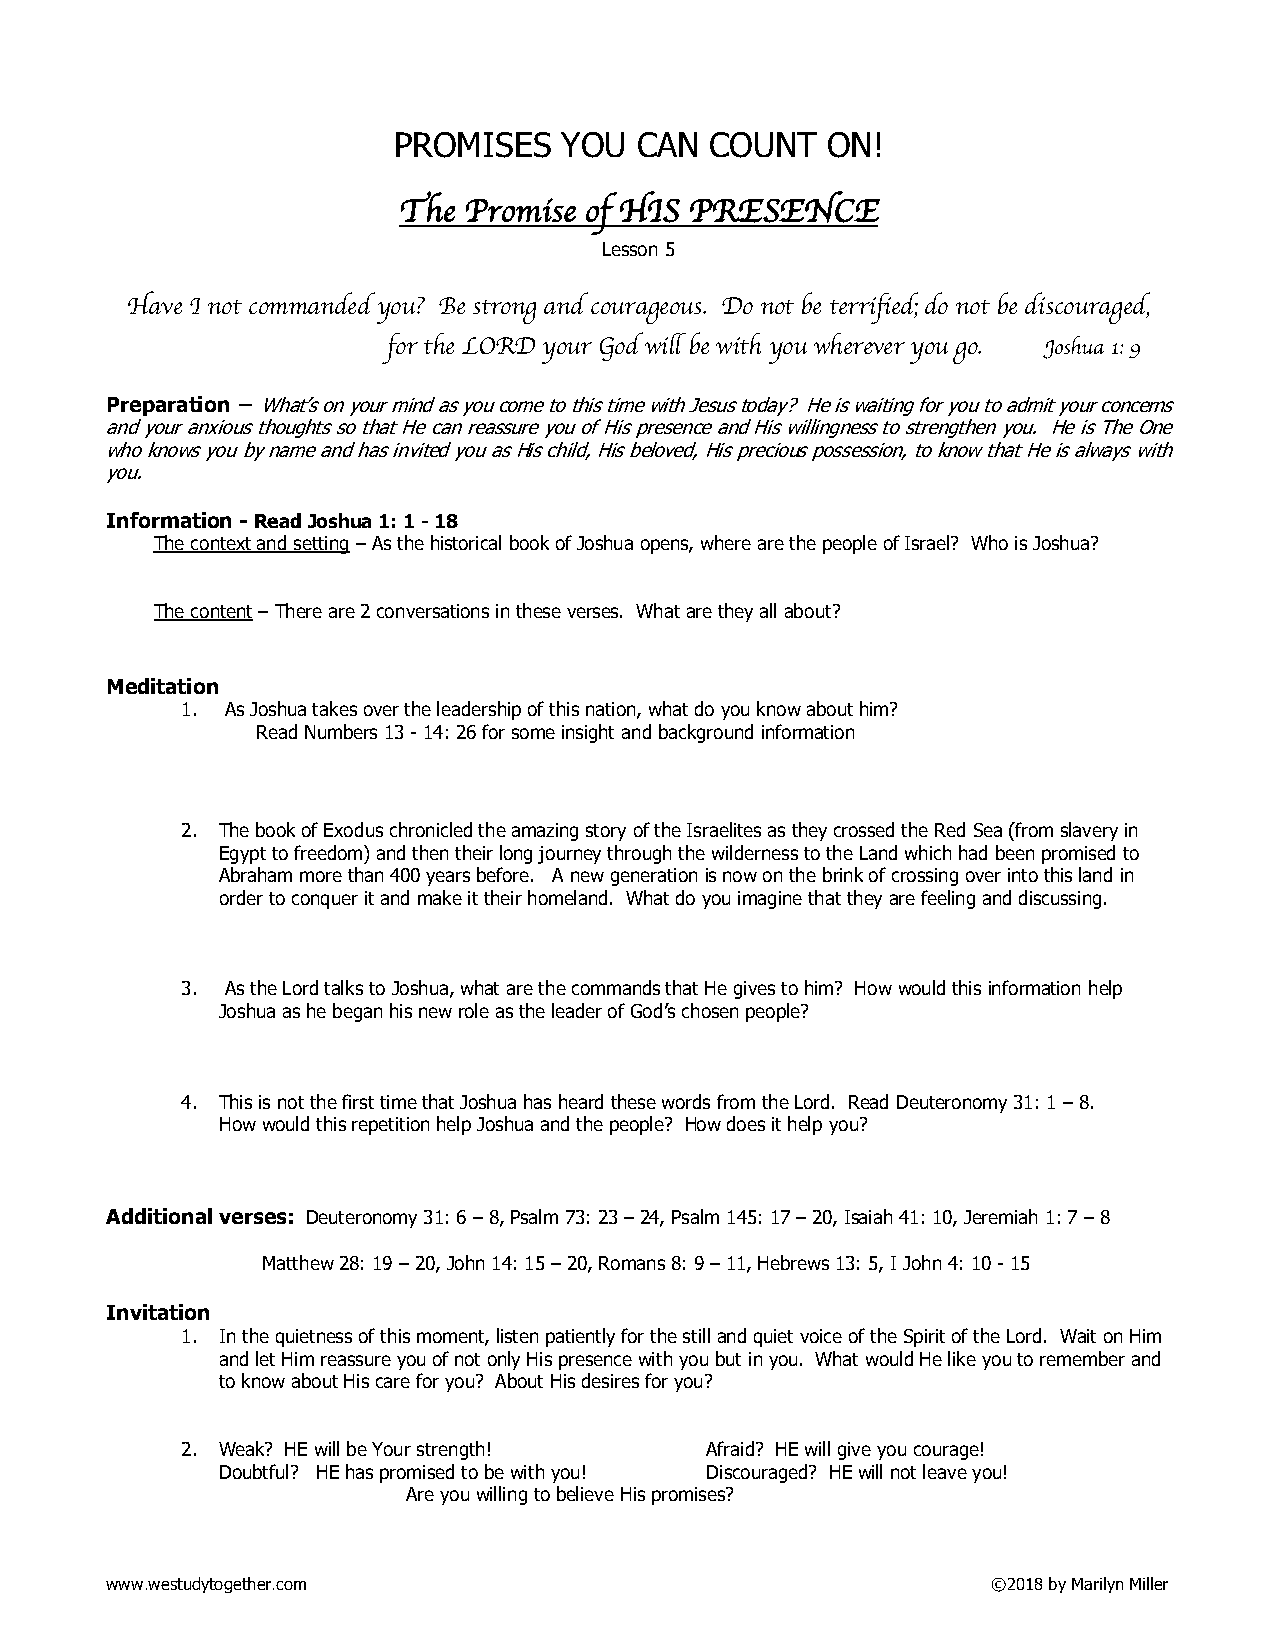
PROMISES   YOU  CAN  COUNT   ON!
 The  Promise of HIS PRESENCE
 Lesson 5
 Have I not commanded you? Be strong and courageous. Do not be terrified; do not be discouraged,
 for the LORD your God will be with you wherever you go. Joshua 1: 9
 Preparation – What’s on your mind as you come to this time with Jesus today? He is waiting for you to admit your concerns
 and your anxious thoughts so that He can reassure you of His presence and His willingness to strengthen you. He is The One
 who knows you by name and has invited you as His child, His beloved, His precious possession, to know that He is always with
 you.
 Information - Read Joshua 1: 1 - 18
 The context and setting – As the historical book of Joshua opens, where are the people of Israel? Who is Joshua?
 The content – There are 2 conversations in these verses. What are they all about?
 Meditation
 1. As Joshua takes over the leadership of this nation, what do you know about him?
 Read Numbers 13 - 14: 26 for some insight and background information
 2. The book of Exodus chronicled the amazing story of the Israelites as they crossed the Red Sea (from slavery in
 Egypt to freedom) and then their long journey through the wilderness to the Land which had been promised to
 Abraham more than 400 years before. A new generation is now on the brink of crossing over into this land in
 order to conquer it and make it their homeland. What do you imagine that they are feeling and discussing.
 3. As the Lord talks to Joshua, what are the commands that He gives to him? How would this information help
 Joshua as he began his new role as the leader of God’s chosen people?
 4. This is not the first time that Joshua has heard these words from the Lord. Read Deuteronomy 31: 1 – 8.
 How would this repetition help Joshua and the people? How does it help you?
 Additional verses: Deuteronomy 31: 6 – 8, Psalm 73: 23 – 24, Psalm 145: 17 – 20, Isaiah 41: 10, Jeremiah 1: 7 – 8
 Matthew 28: 19 – 20, John 14: 15 – 20, Romans 8: 9 – 11, Hebrews 13: 5, I John 4: 10 - 15
 Invitation
 1. In the quietness of this moment, listen patiently for the still and quiet voice of the Spirit of the Lord. Wait on Him
 and let Him reassure you of not only His presence with you but in you. What would He like you to remember and
 to know about His care for you? About His desires for you?
 2. Weak? HE will be Your strength! Afraid? HE will give you courage!
 Doubtful? HE has promised to be with you! Discouraged? HE will not leave you!
 Are you willing to believe His promises?
 www.westudytogether.com                                    ©2018 by Marilyn Miller